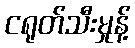
ငရုတ်သီးမှုန့်